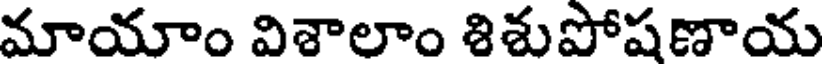
మాయాం విశాలాం శిశుపోషణాయ